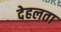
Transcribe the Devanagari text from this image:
देहलता